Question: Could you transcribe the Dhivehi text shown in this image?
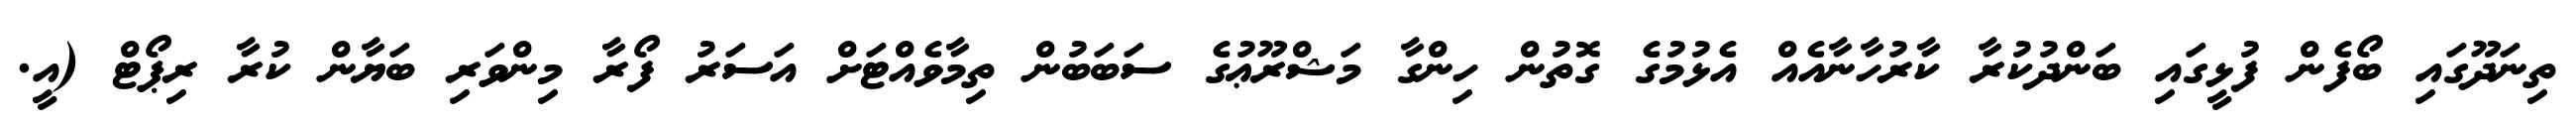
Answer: ތިނަދޫގައި ބޯފެން ފުޅީގައި ބަންދުކުރާ ކާރުހާނާއެއް އެޅުމުގެ ގޮތުން ހިންގާ މަޝްރޫޢުގެ ސަބަބުން ތިމާވެއްޓަށް އަސަރު ފޯރާ މިންވަރި ބަޔާން ކުރާ ރިޕޯޓް (އީ.